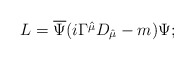
\begin{align*}L=\overline{\Psi }(i\Gamma \hat{^{\mu }}D_{\hat{\mu }}-m)\Psi ;\end{align*}